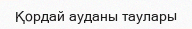
Қордай ауданы таулары